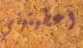
أعطيتيني